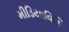
મીડિયાવિકિ